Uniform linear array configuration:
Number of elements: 64
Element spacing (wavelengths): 0.5
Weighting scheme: cosine
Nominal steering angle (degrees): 45
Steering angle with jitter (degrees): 43.244
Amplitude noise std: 0.05
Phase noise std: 0.05

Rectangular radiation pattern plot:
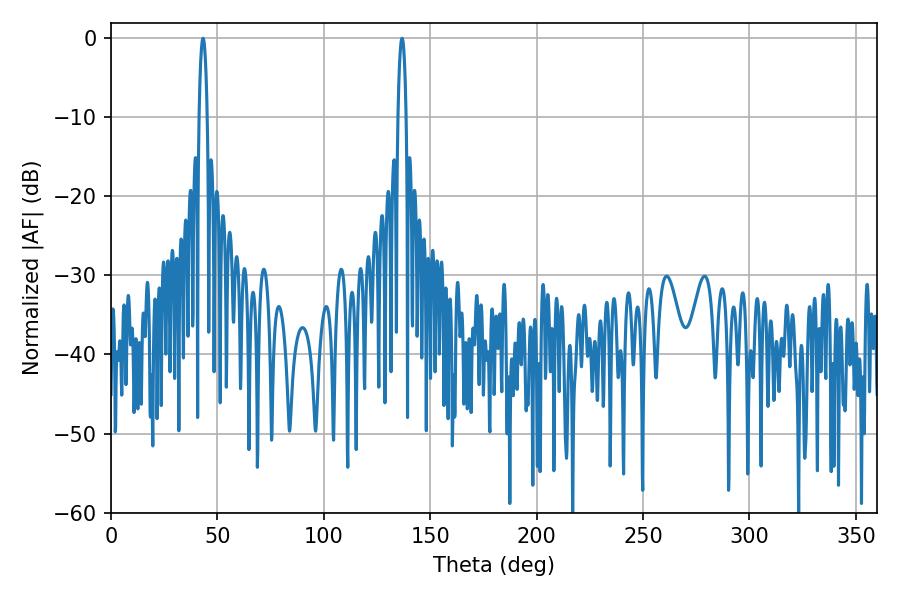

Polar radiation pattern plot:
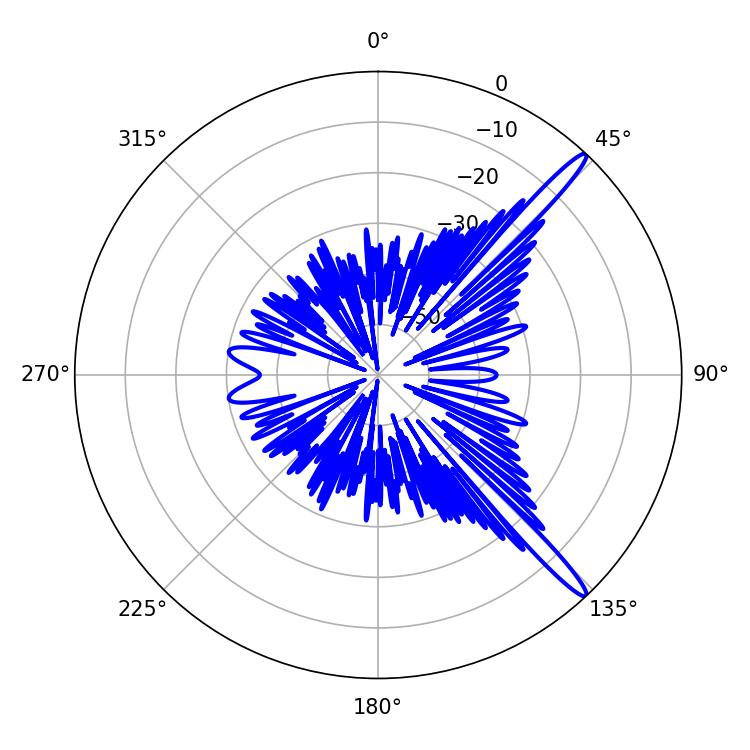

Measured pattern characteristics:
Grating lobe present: FALSE
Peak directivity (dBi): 15.309
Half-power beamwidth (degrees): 2.16
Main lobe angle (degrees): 43.2